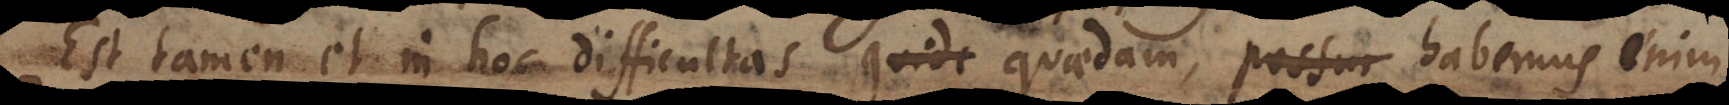
Est tamen et in hoc difficultas quaedam, possu habemus enim